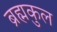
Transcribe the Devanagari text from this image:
ब्रह्मकुल